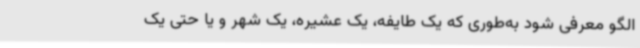
الگو معرفی شود به‌طوری‌ که یک طایفه، یک عشیره، یک شهر و یا حتی یک